画像に写った文字を読んでください
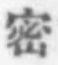
「密」と書いてあります